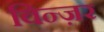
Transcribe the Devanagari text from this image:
विन्ज़र